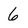
Character: 6